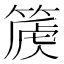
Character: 𥰽